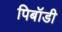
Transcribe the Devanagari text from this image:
पिबॉडी